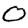
Digit: 0